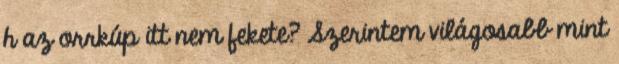
h az orrkúp itt nem fekete? Szerintem világosabb mint